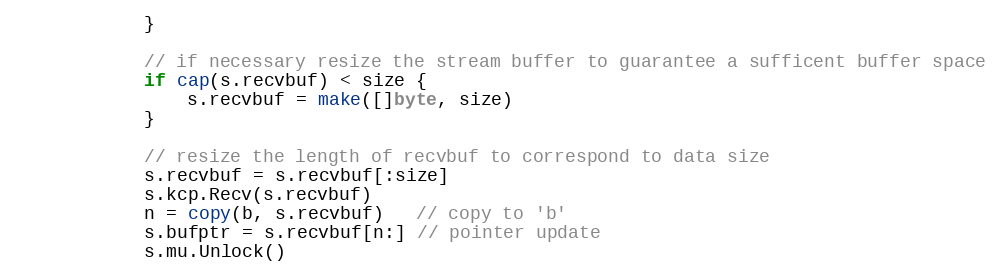
Language: Go
			}

			// if necessary resize the stream buffer to guarantee a sufficent buffer space
			if cap(s.recvbuf) < size {
				s.recvbuf = make([]byte, size)
			}

			// resize the length of recvbuf to correspond to data size
			s.recvbuf = s.recvbuf[:size]
			s.kcp.Recv(s.recvbuf)
			n = copy(b, s.recvbuf)   // copy to 'b'
			s.bufptr = s.recvbuf[n:] // pointer update
			s.mu.Unlock()